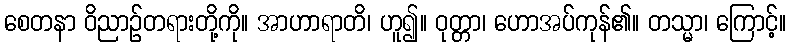
စေတနာ ဝိညာဉ်တရားတို့ကို။ အာဟာရာတိ၊ ဟူ၍။ ဝုတ္တာ၊ ဟောအပ်ကုန်၏။ တသ္မာ၊ ကြောင့်။